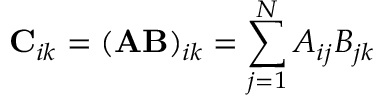
\mathbf { C } _ { i k } = ( \mathbf { A } \mathbf { B } ) _ { i k } = \sum _ { j = 1 } ^ { N } A _ { i j } B _ { j k }